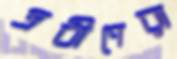
প্রবীণেরা